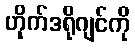
ဟိုက်ဒရိုဂျင်ကို